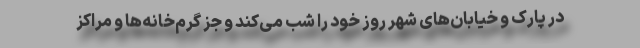
در پارک و خیابان‌های شهر روز خود را شب می‌کند و جز گرم‌خانه‌ها و مراکز